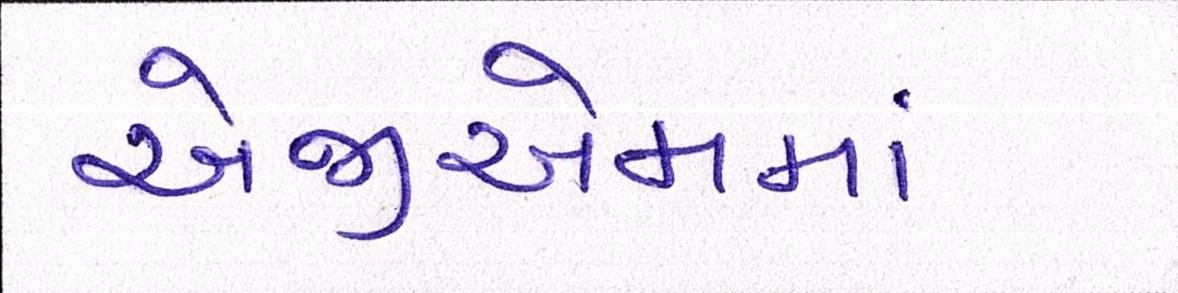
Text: એજીએમમાં